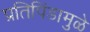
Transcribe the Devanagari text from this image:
प्रतिपिंडामुळे